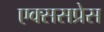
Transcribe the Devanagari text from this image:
एक्ससप्रेस